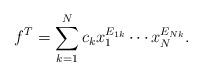
LaTeX: \begin{align*}f^T = \sum_{k=1}^N c_k x_1^{E_{1k}} \cdots x_N^{E_{Nk}}.\end{align*}